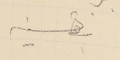
بقسنيه